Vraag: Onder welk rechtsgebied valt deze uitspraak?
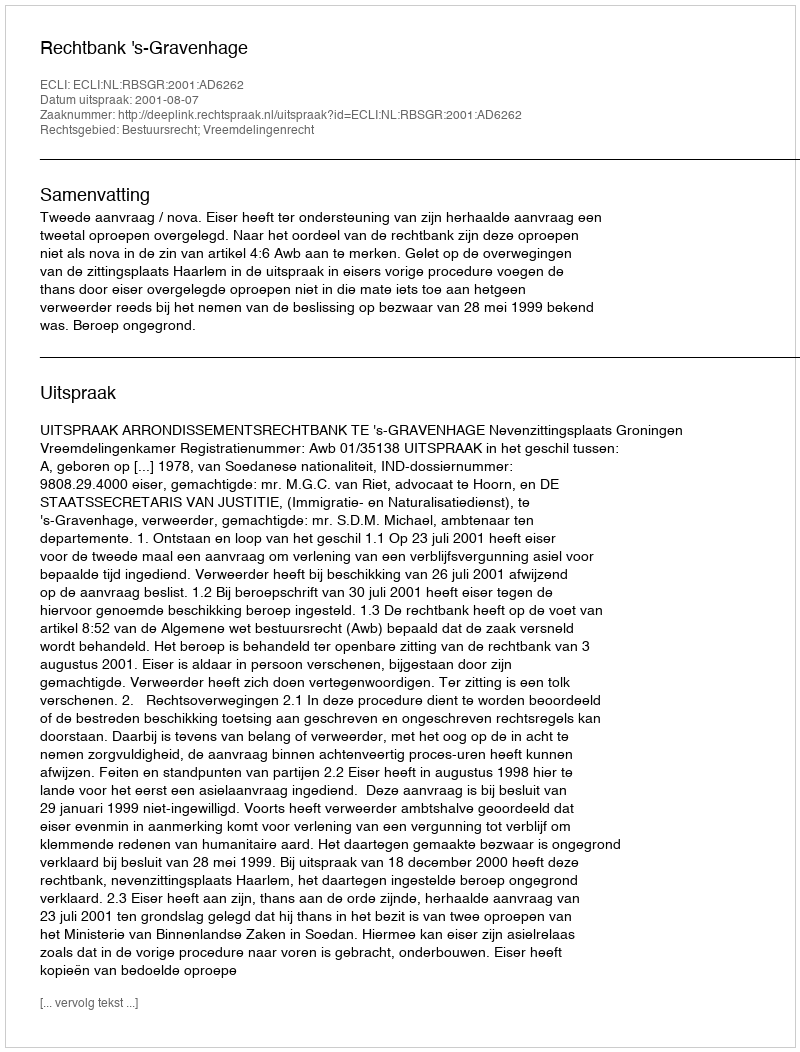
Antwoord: Bestuursrecht; Vreemdelingenrecht